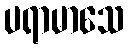
ပရာမာသေ